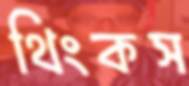
থিংকস